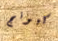
كيونج